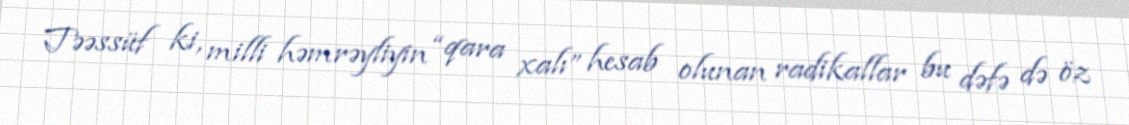
Təəssüf ki, milli həmrəyliyin “qara xalı” hesab olunan radikallar bu dəfə də öz